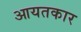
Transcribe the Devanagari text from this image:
आयतकार